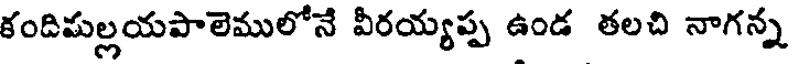
కందిమల్లయపాలెములోనే వీరయ్యప్ప ఉండ తలచి నాగన్న